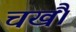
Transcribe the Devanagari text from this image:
चखैं।